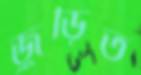
জুড়িত